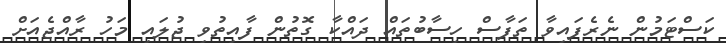
ކަސްޓަމުން ނެރެފައިވާ ތަފާސް ހިސާބުތައް ދައްކާ ގޮތުން ފާއިތުވި ޖުލައި މަހު ރާއްޖެއަށް